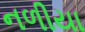
નળીયા